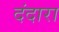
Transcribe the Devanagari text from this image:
दंदारा